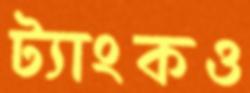
ট্যাংকও